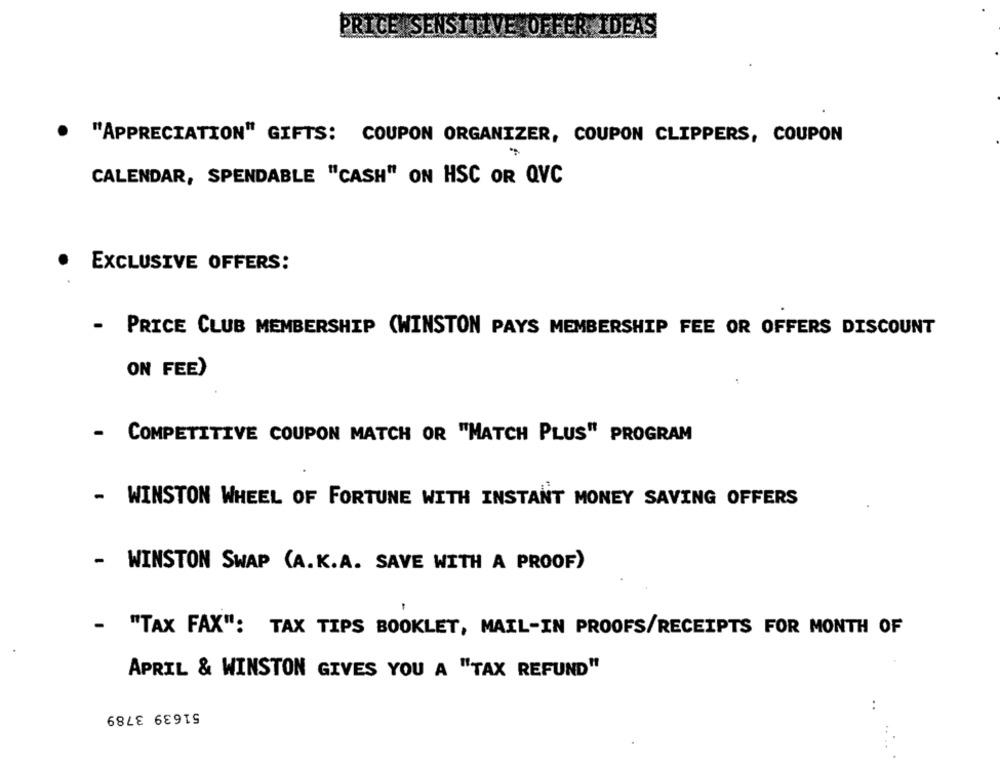
PRICE SENSITIVE OFFER IDEAS
· "APPRECIATION" GIFTS: COUPON ORGANIZER, COUPON CLIPPERS, COUPON
CALENDAR, SPENDABLE "CASH" ON HSC OR QVC
.
EXCLUSIVE OFFERS:
- PRICE CLUB MEMBERSHIP (WINSTON PAYS MEMBERSHIP FEE OR OFFERS DISCOUNT
ON FEE)
- COMPETITIVE COUPON MATCH OR "MATCH PLUS" PROGRAM
- WINSTON WHEEL OF FORTUNE WITH INSTANT MONEY SAVING OFFERS
- WINSTON SWAP (A.K.A. SAVE WITH A PROOF)
- "TAX FAX": TAX TIPS BOOKLET, MAIL-IN PROOFS/RECEIPTS FOR MONTH OF
APRIL & WINSTON GIVES YOU A "TAX REFUND"
. .
51639 3789